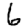
Digit: 6